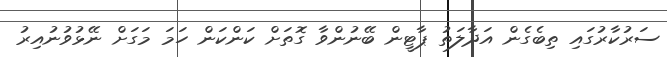
ސަރުކާރުގައި ތިބެގެން އަދާލަތު ޕާޓީން ބޭނުންވާ ގޮތަށް ކަންކަން ހަމަ މަގަށް ނޭޅުވުނުއިރު